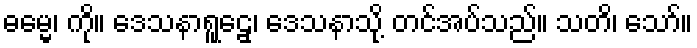
ဓမ္မေ၊ ကို။ ဒေသနာရူဠှေ၊ ဒေသနာသို့ တင်အပ်သည်။ သတိ၊ သော်။